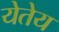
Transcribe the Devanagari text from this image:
येतेय